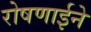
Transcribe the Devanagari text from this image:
रोषणाईने